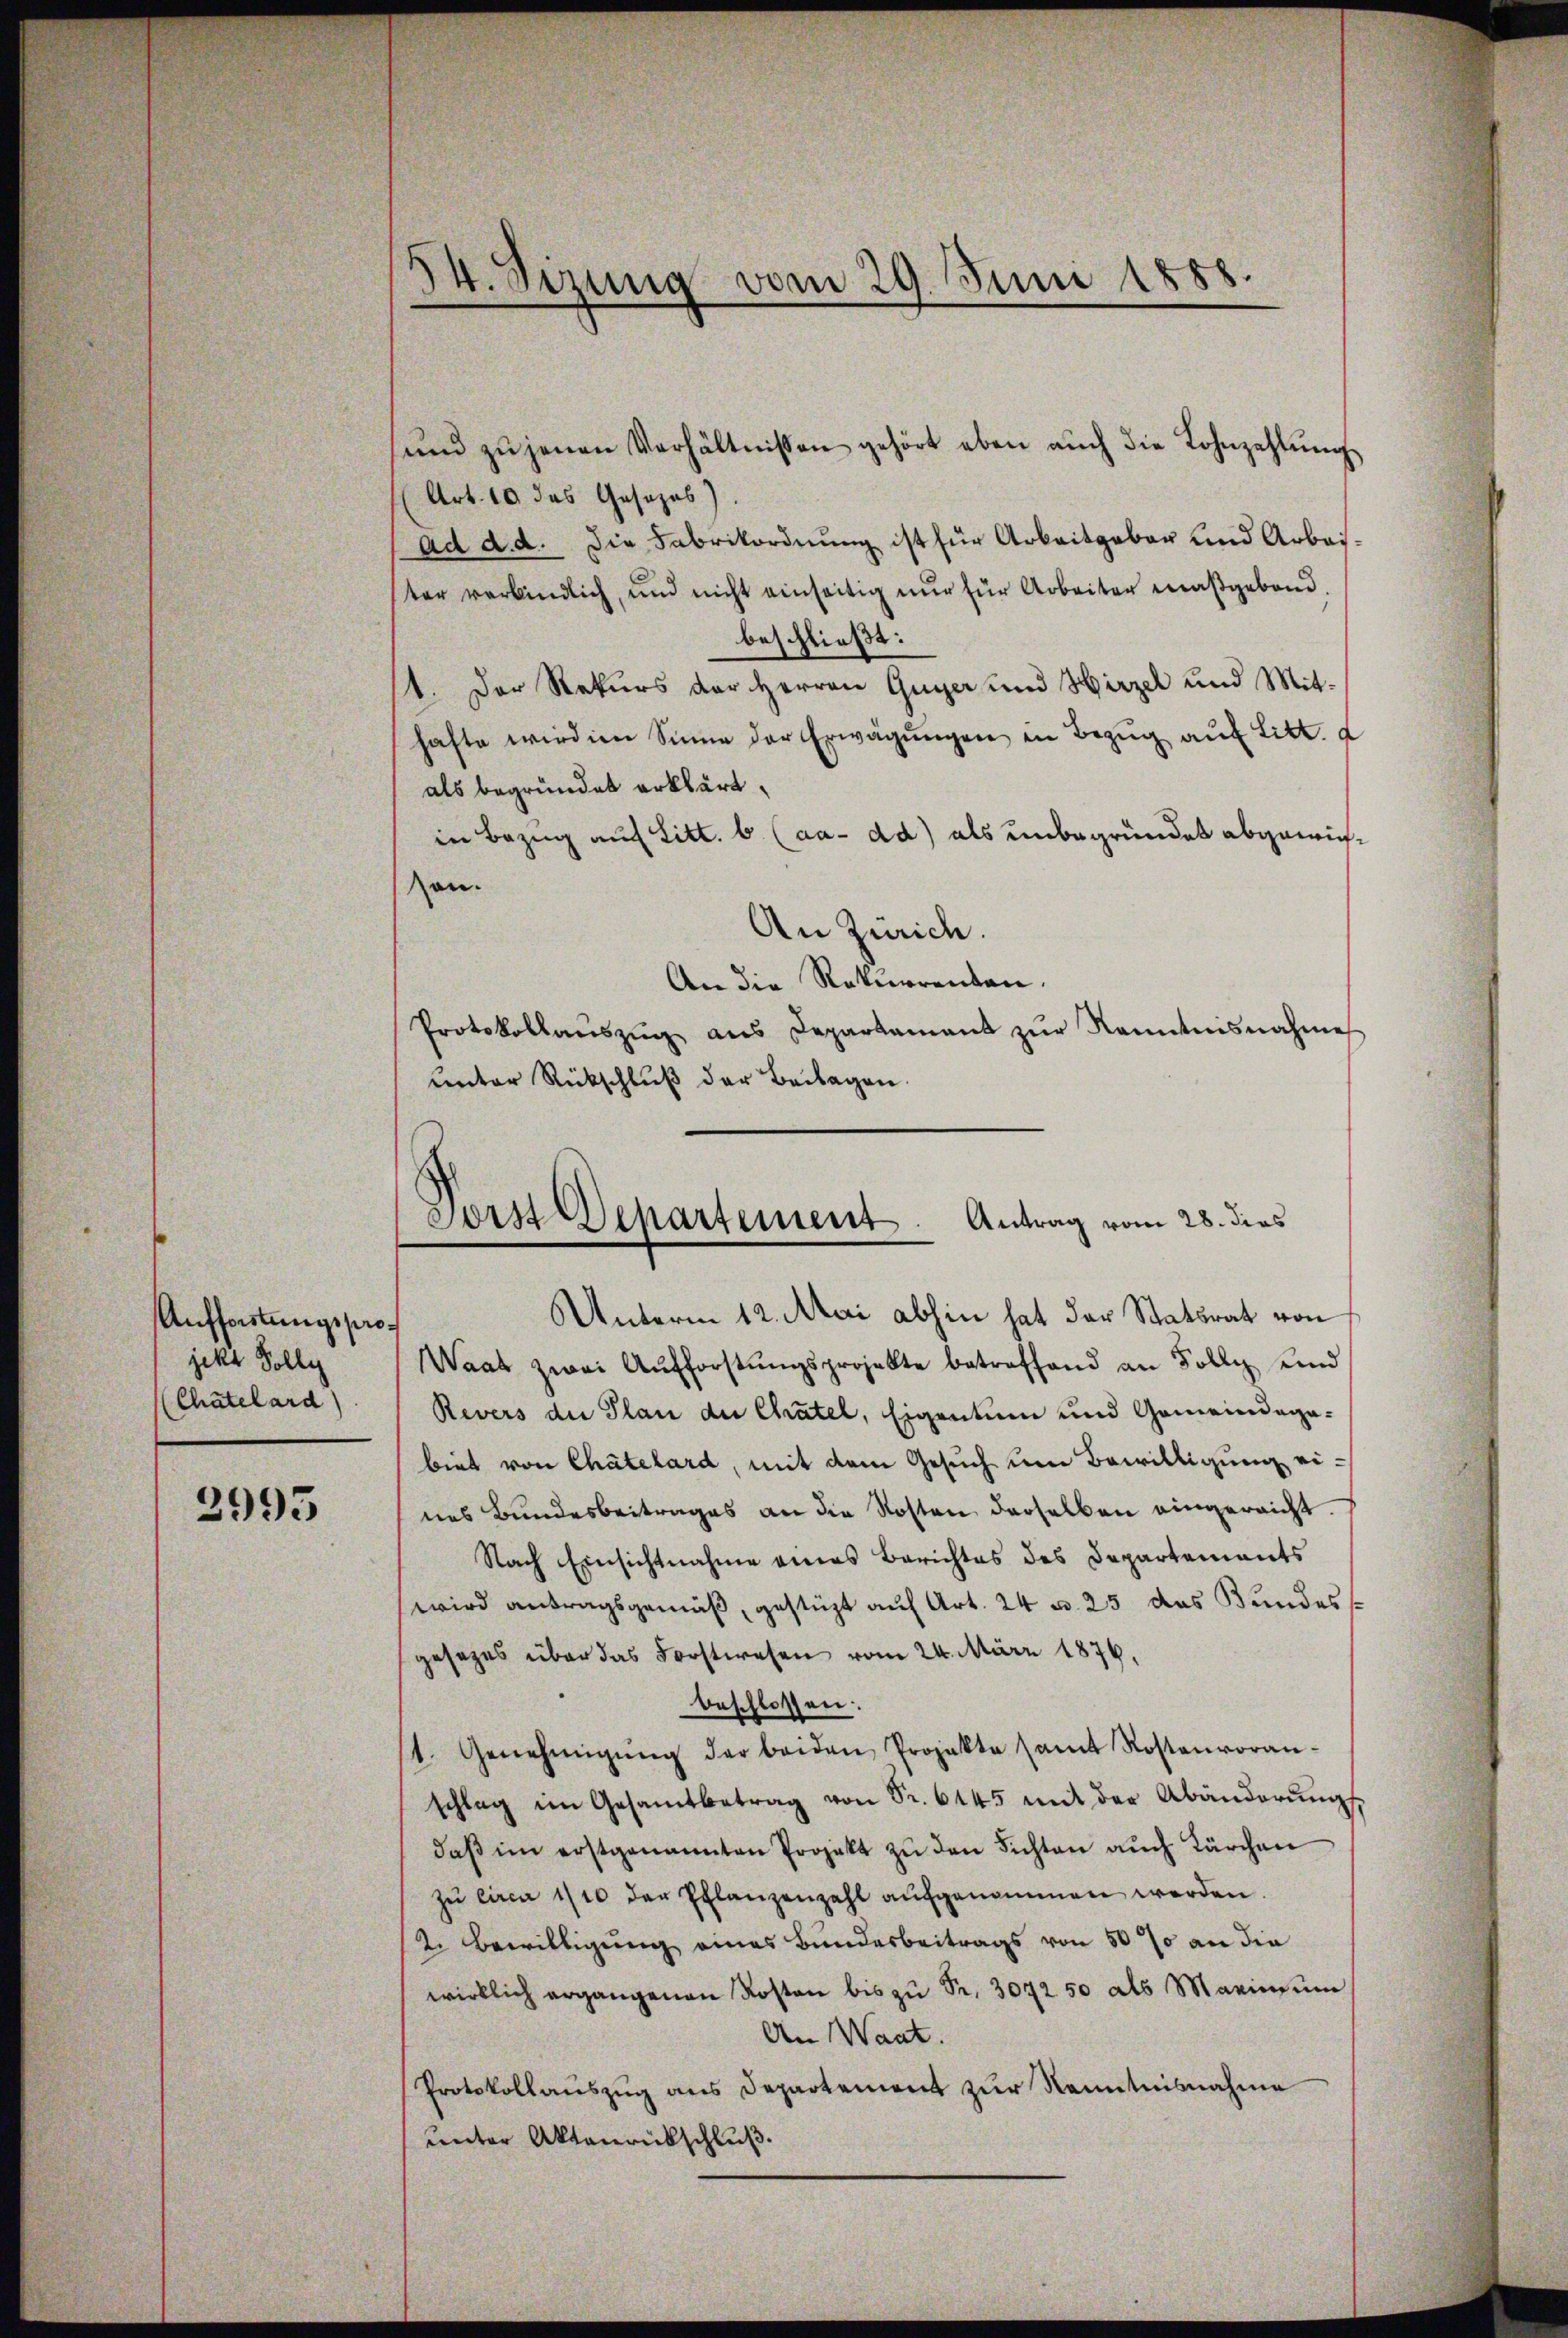
Aufforstungsprojekt Solly
(Chatelard

2995

34. Sizung
vom 20. Juni 1888.
d

ŭnd zŭ jenen Verhältnissen gehört eben aŭch die Lohnzahlŭng
Art. 10 das Gesezes
ad d. d. Die Fabrikordnung ist für Arbeitgebar und Arbeiter verbindlich, und nicht einseitig nur für Arbeiter maßgebend.
beschließt:
11. Der Rekurs der Herren Guyer und Hirzel und Mithafte wirdien Sinne der Erwägŭngen in Bezug auf Litt. a
als begründet erklärt,
in Bezug auf Litt. b. (aa- dd) als unbegründet abgewiehon.
An Zürich.
An die Rekurrenten.
Protokollaŭszŭg ans Departamant zŭr Kenntnisnahmes
unter Rückschluß der Beilagen.

Forst Departement. Antrag vom 28. dies

Unterm 12. Mai abhin hat der Statsrat von
Waas zwei Aŭfforstŭngsprojekte betreffend an Solle und
Revers der Plan der Chatel, Eigentum und Gemeindagebiet von Chatelard, mit dem Gesuch um Bewilligung eines Bundesbeitrages an die Kosten derselben eingereicht.
Nach Einsichtnahme eines Berichtes des Departements
wird antragsgemäß, gestüzt auf Art. 24 u. 25 das Bundess
gesezes über das Forstwesen vom 24. März 1876.
beschlossen:
1. Genehmigŭng der beiden Projekte samt Kostenvoran-
schlag im Gesamtbetrag von Sr. 6145 mit der Abänderŭng
daβ im erstgenannten Projekt zŭ den Fichten auch Kärchen
zŭ circa 1/10 der Pflanzenzahl aŭfgenommen werden.
2. Bewilligung eines Bundesbeitrags von 500 an die
wirklich ergangenen Kosten bis zŭ Pr. 3072 50 als Marinium
An Waat.
Protokollauszug aus Departement zur Kenntnisnahme
unter Aktenrückschluß.